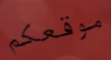
موقعكم